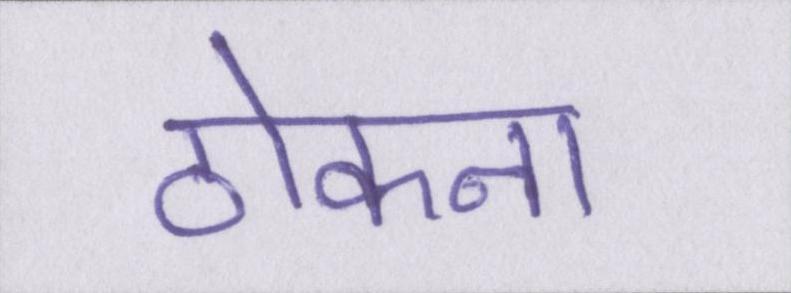
ठोकना